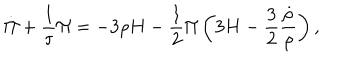
LaTeX: \dot { \Pi } + \frac 1 { \tau } \Pi = - 3 \rho H - \frac 1 2 \Pi \left( 3 H - \frac 3 2 \frac { \dot { \rho } } { \rho } \right) ,